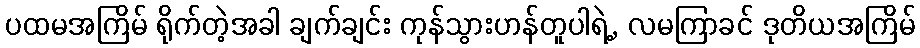
ပထမအကြိမ် ရိုက်တဲ့အခါ ချက်ချင်း ကုန်သွားဟန်တူပါရဲ့, လမကြာခင် ဒုတိယအကြိမ်